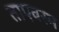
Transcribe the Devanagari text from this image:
ताएवरम